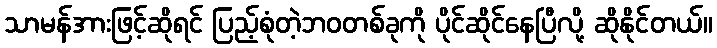
သာမန်အားဖြင့်ဆိုရင် ပြည့်စုံတဲ့ဘဝတစ်ခုကို ပိုင်ဆိုင်နေပြီလို့ ဆိုနိုင်တယ်။